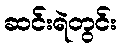
ဆင်းရဲတွင်း